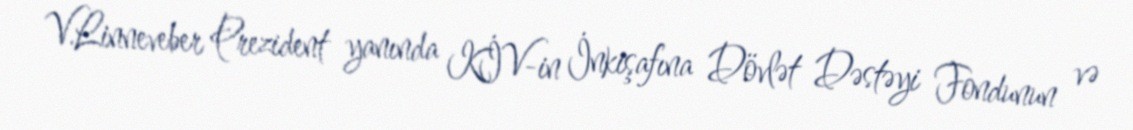
V.Linneveber Prezident yanında KİV-in İnkişafına Dövlət Dəstəyi Fondunun və